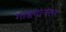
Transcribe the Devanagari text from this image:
गाडयांनंतर